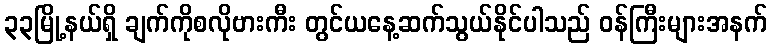
၃၃မြို့နယ်ရှိ ချက်ကိုစလိုဗားကီး တွင်ယနေ့ဆက်သွယ်နိုင်ပါသည် ဝန်ကြီးများအနက်